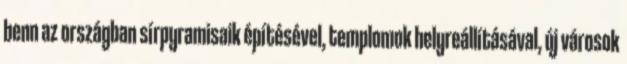
benn az országban sírpyramisaik építésével, templomok helyreállításával, új városok